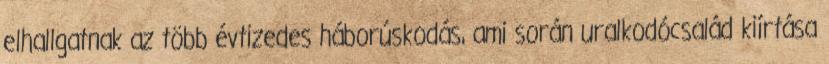
elhallgatnak az több évtizedes háborúskodás, ami során uralkodócsalád kiírtása